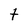
Character: t